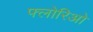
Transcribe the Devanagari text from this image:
फ्लोरिओ